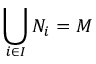
\bigcup _ { i \in I } N _ { i } = M